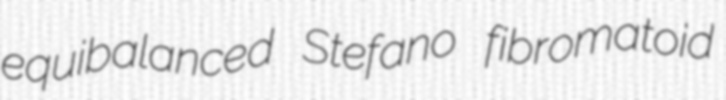
equibalanced Stefano fibromatoid